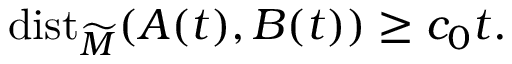
\mathrm { d i s t } _ { \widetilde { M } } ( A ( t ) , B ( t ) ) \geq c _ { 0 } t .